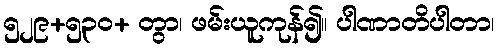
၅၂၉+၅၃၀+ တွာ၊ ဖမ်းယူကုန်၍။ ပါဏာတိပါတာ၊